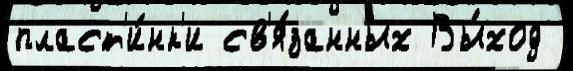
пласт'и́нк'и св'я́занных Вы́ход